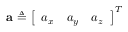
\mathbf { a } \triangleq \left[ \begin{array} { l l l } { a _ { x } } & { a _ { y } } & { a _ { z } } \end{array} \right] ^ { T }